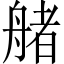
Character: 𦩳